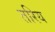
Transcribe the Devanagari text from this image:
तरिय